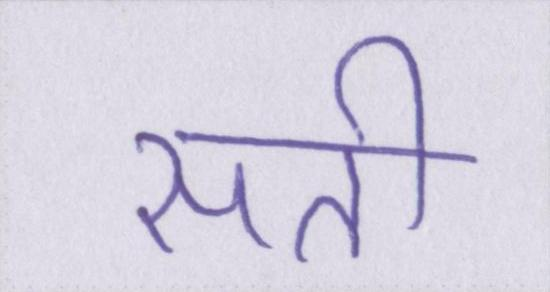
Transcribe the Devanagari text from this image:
सती